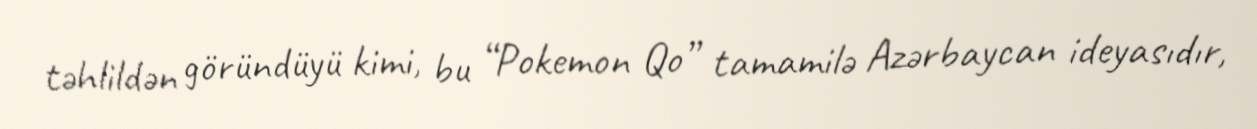
təhlildən göründüyü kimi, bu “Pokemon Qo” tamamilə Azərbaycan ideyasıdır,